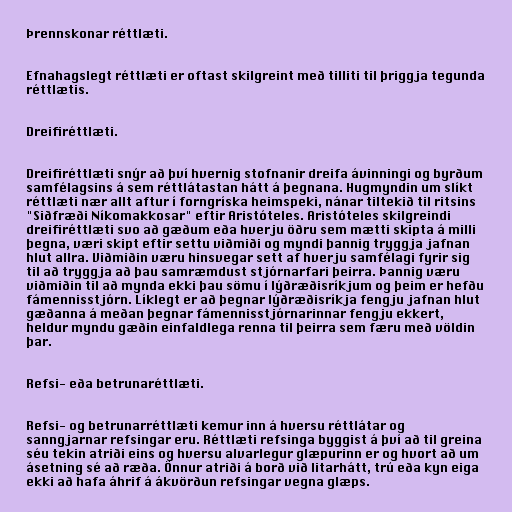
Þrennskonar réttlæti.

Efnahagslegt réttlæti er oftast skilgreint með tilliti til þriggja tegunda
réttlætis.

Dreifiréttlæti.

Dreifiréttlæti snýr að því hvernig stofnanir dreifa ávinningi og byrðum
samfélagsins á sem réttlátastan hátt á þegnana. Hugmyndin um slíkt
réttlæti nær allt aftur í forngríska heimspeki, nánar tiltekið til ritsins
"Siðfræði Níkomakkosar" eftir Aristóteles. Aristóteles skilgreindi
dreifiréttlæti svo að gæðum eða hverju öðru sem mætti skipta á milli
þegna, væri skipt eftir settu viðmiði og myndi þannig tryggja jafnan
hlut allra. Viðmiðin væru hinsvegar sett af hverju samfélagi fyrir sig
til að tryggja að þau samræmdust stjórnarfari þeirra. Þannig væru
viðmiðin til að mynda ekki þau sömu í lýðræðisríkjum og þeim er hefðu
fámennisstjórn. Líklegt er að þegnar lýðræðisríkja fengju jafnan hlut
gæðanna á meðan þegnar fámennisstjórnarinnar fengju ekkert,
heldur myndu gæðin einfaldlega renna til þeirra sem færu með völdin
þar.

Refsi- eða betrunaréttlæti.

Refsi- og betrunarréttlæti kemur inn á hversu réttlátar og
sanngjarnar refsingar eru. Réttlæti refsinga byggist á því að til greina
séu tekin atriði eins og hversu alvarlegur glæpurinn er og hvort að um
ásetning sé að ræða. Önnur atriði á borð við litarhátt, trú eða kyn eiga
ekki að hafa áhrif á ákvörðun refsingar vegna glæps.